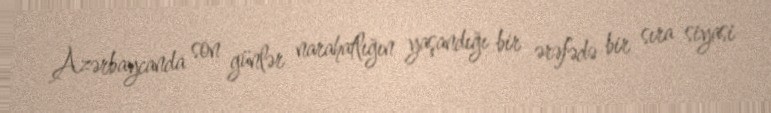
Azərbaycanda son günlər narahatlığın yaşandığı bir ərəfədə bir sıra siyasi